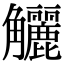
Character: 𧥖